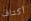
أكتاف